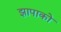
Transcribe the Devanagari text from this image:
झापाको